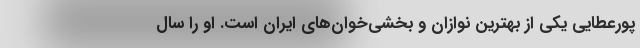
پورعطایی یکی از بهترین نوازان و بخشی‌خوان‌های ایران است. او را سال